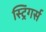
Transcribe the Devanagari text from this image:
स्ट्रिंगर्स